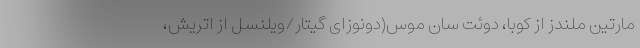
مارتین ملندز از کوبا، دوئت سان موس(دونوزای گیتار/ویلنسل از اتریش،